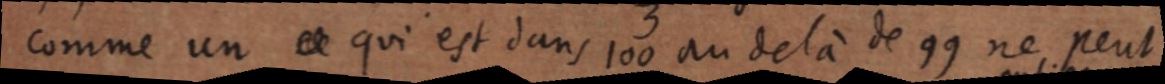
comme un ce qui est dans 100 au delà de 99 ne, peut